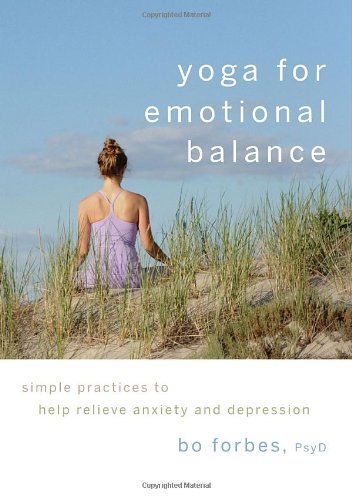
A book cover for Yoga for Emotional Balance: Simple Practices to Help Relieve Anxiety and Depression; Bo Forbes; Self-Help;